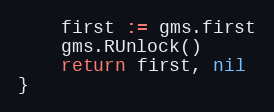
Language: Go
	first := gms.first
	gms.RUnlock()
	return first, nil
}